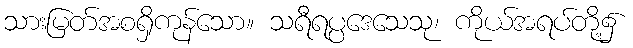
သားမြတ်အစရှိကုန်သော။ သရီရပ္ပဒေသေသု၊ ကိုယ်အရပ်တို့၌